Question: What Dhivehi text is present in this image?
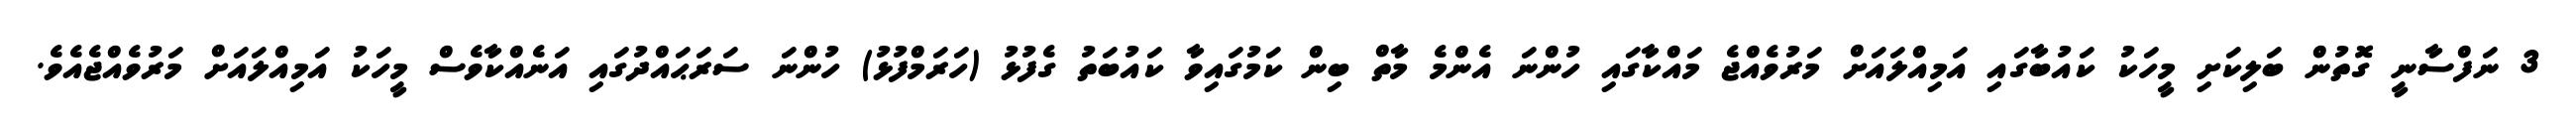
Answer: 3 ނަފްސާނީ ގޮތުން ބަލިކަށި މީހަކު ކައުބާގައި އަމިއްލައަށް މަރުވެއްޖެ މައްކާގައި ހުންނަ އެންމެ މާތް ބިން ކަމުގައިވާ ކައުބަތު ގެފުޅު (ހަރަމްފުޅު) ހުންނަ ސަރަޙައްދުގައި އަނެއްކާވެސް މީހަކު އަމިއްލައަށް މަރުވެއްޖެއެވެ.